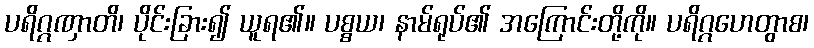
ပရိဂ္ဂဏှာတိ၊ ပိုင်းခြား၍ ယူရ၏။ ပစ္စယ၊ နာမ်ရုပ်၏ အကြောင်းတို့ကို။ ပရိဂ္ဂဟေတွာစ၊